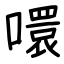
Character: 噮